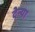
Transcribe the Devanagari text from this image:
देन्या